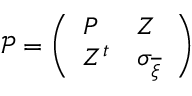
\mathcal { P } = \left( \begin{array} { l l } { P } & { Z } \\ { Z ^ { t } } & { \sigma _ { \overline { { \xi } } } } \end{array} \right)